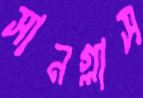
সানগ্লাস